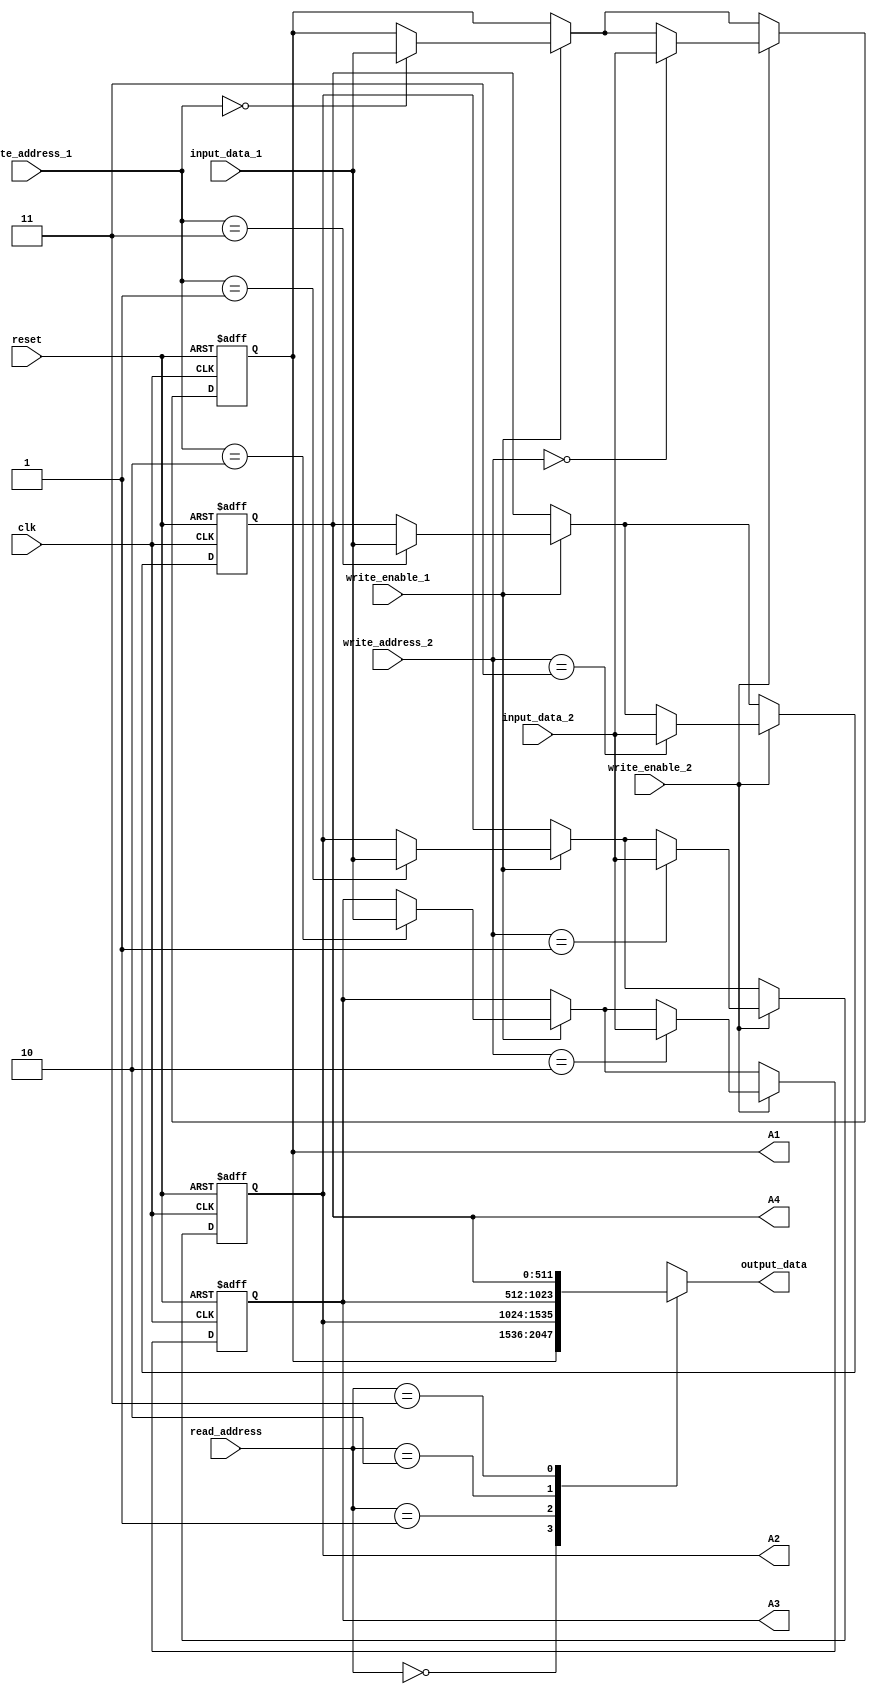
module RF (
    input clk,
    input reset,
    input [511:0] input_data_1,
    input [511:0] input_data_2,
    input [1:0] write_address_1,
    input [1:0] write_address_2,
    input write_enable_1,
    input write_enable_2,
    input [1:0] read_address,
    output signed [511:0] output_data,
    output signed [511:0] A1,
    output signed [511:0] A2,
    output signed [511:0] A3,
    output signed [511:0] A4
);

    // Register file array to hold 4 registers of 512 bits each
    reg signed [511:0] reg_file [0:3];

    // Assignments to output individual registers
    assign A1 = reg_file[0];
    assign A2 = reg_file[1];
    assign A3 = reg_file[2];
    assign A4 = reg_file[3];

    integer i;
    // Sequential block to handle reset and write operations
    always @(negedge clk or posedge reset) begin
        if (reset) begin
            // Reset all registers to 0
            for (i = 0; i < 4; i = i + 1) begin
                reg_file[i] <= 512'b0;
            end
        end else begin
            // Write data to registers if write enable signals are active
            if (write_enable_1) begin
                reg_file[write_address_1] <= input_data_1;
            end
            if (write_enable_2) begin
                reg_file[write_address_2] <= input_data_2;
            end
        end
    end

    // Output data from the selected register
    assign output_data = reg_file[read_address];

endmodule